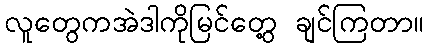
လူတွေကအဲဒါကိုမြင်တွေ့ ချင်ကြတာ။